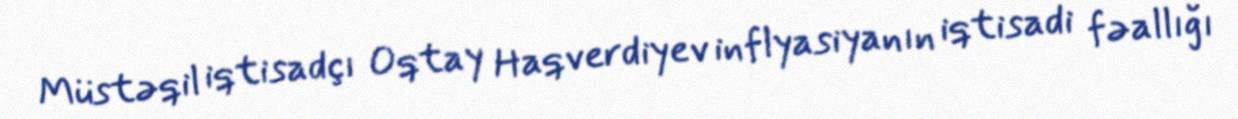
Müstəqil iqtisadçı Oqtay Haqverdiyev inflyasiyanın iqtisadi fəallığı